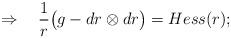
LaTeX: \begin{align*}\Rightarrow\quad\frac 1r\big (g-dr\otimes dr\big ) = Hess(r);\end{align*}